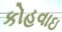
કોહવાઇ